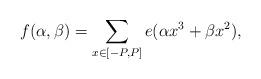
LaTeX: \begin{align*} f(\alpha,\beta) = \sum_{x \in [-P,P]}e(\alpha x^3 + \beta x^2),\end{align*}